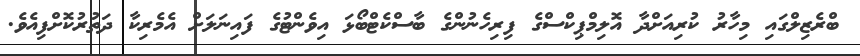
ބްރެޒިލްގައި މިހާރު ކުރިއަށްދާ އޮލިމްޕިކްސްގެ ފިރިހެނުންގެ ބާސްކެޓްބޯޅަ އިވެންޓުގެ ފައިނަލަށް އެމެރިކާ ދަތުރުކޮށްފިއެވެ.